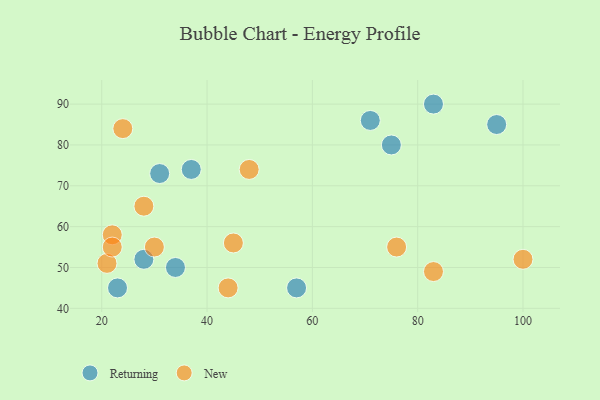
{"axis": {"x": "GDP", "y": "Life Expectancy"}, "legend": ["New", "Returning"], "data": [{"x": "95", "y": 85, "type": "Returning"}, {"x": "34", "y": 50, "type": "Returning"}, {"x": "75", "y": 80, "type": "Returning"}, {"x": "37", "y": 74, "type": "Returning"}, {"x": "31", "y": 73, "type": "Returning"}, {"x": "28", "y": 52, "type": "Returning"}, {"x": "23", "y": 45, "type": "Returning"}, {"x": "83", "y": 90, "type": "Returning"}, {"x": "71", "y": 86, "type": "Returning"}, {"x": "57", "y": 45, "type": "Returning"}, {"x": "48", "y": 74, "type": "New"}, {"x": "24", "y": 84, "type": "New"}, {"x": "100", "y": 52, "type": "New"}, {"x": "30", "y": 55, "type": "New"}, {"x": "45", "y": 56, "type": "New"}, {"x": "21", "y": 51, "type": "New"}, {"x": "44", "y": 45, "type": "New"}, {"x": "22", "y": 58, "type": "New"}, {"x": "22", "y": 55, "type": "New"}, {"x": "83", "y": 49, "type": "New"}, {"x": "76", "y": 55, "type": "New"}, {"x": "28", "y": 65, "type": "New"}]}